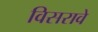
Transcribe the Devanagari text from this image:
विसरावे